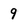
Character: 9